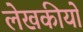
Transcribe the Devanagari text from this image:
लेखकीयो